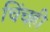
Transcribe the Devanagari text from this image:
चिंचही